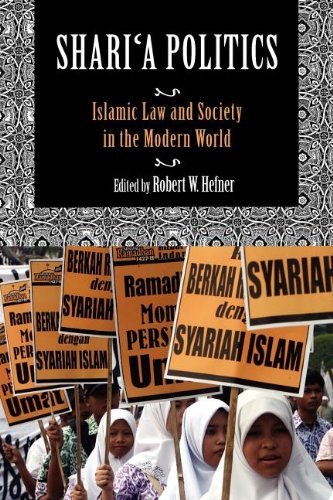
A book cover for Shari'a Politics: Islamic Law and Society in the Modern World; Religion & Spirituality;